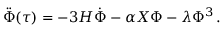
\ddot { \Phi } ( \tau ) = - 3 H \dot { \Phi } - \alpha X \Phi - \lambda \Phi ^ { 3 } \, .